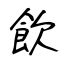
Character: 飲